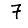
Digit: 7